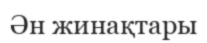
Ән жинақтары